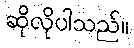
ဆိုလိုပါသည်။